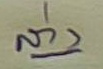
ล่าง